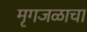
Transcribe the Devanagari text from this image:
मृगजळाचा